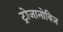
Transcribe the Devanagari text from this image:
ट्रोजानोविज